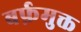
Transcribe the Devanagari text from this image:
बर्फ़मुक्त